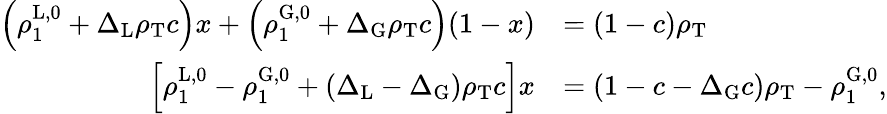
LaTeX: \begin{array}{rl}{\left(\rho_{1}^{\mathrm{L},0}+\Delta_{\mathrm{L}}\rho_{\mathrm{T}}c\right)x+\left(\rho_{1}^{\mathrm{G},0}+\Delta_{\mathrm{G}}\rho_{\mathrm{T}}c\right)(1-x)}&{=(1-c)\rho_{\mathrm{T}}}\\ {\left[\rho_{1}^{\mathrm{L},0}-\rho_{1}^{\mathrm{G},0}+(\Delta_{\mathrm{L}}-\Delta_{\mathrm{G}})\rho_{\mathrm{T}}c\right]x}&{=(1-c-\Delta_{\mathrm{G}}c)\rho_{\mathrm{T}}-\rho_{1}^{\mathrm{G},0},}\end{array}